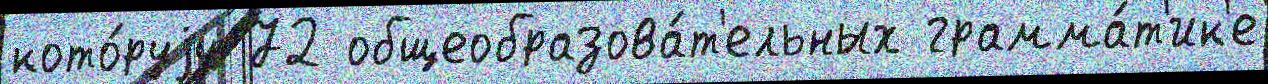
кото́руjу 72 общеобразова́т'ельных грамма́т'ик'е